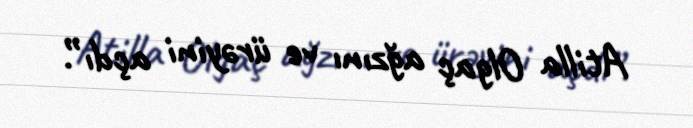
Atilla Olgaç ağzını ve ürəyini açdı”.